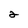
Character: 2